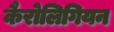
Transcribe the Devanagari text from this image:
कैरोलिगियन